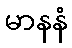
မာနနံ